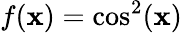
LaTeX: f(\mathbf{x})=\cos^{2}(\mathbf{x})